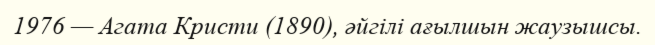
1976 — Агата Кристи (1890), әйгілі ағылшын жаузышсы.